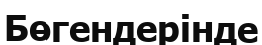
Бөгендерінде